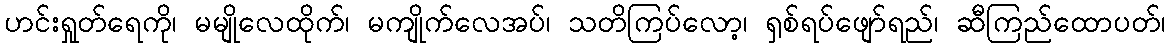
ဟင်းရှုတ်ရေကို၊ မမျိုလေထိုက်၊ မကျိုက်လေအပ်၊ သတိကြပ်လော့၊ ရှစ်ရပ်ဖျော်ရည်၊ ဆီကြည်ထောပတ်၊